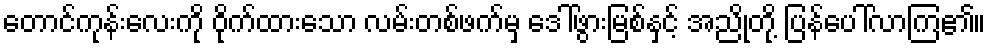
တောင်ကုန်းလေးကို ဝိုက်ထားသော လမ်းတစ်ဖက်မှ ဒေါ်ဖွားမြစ်နှင့် အညိုတို့ ပြန်ပေါ်လာကြ၏။